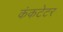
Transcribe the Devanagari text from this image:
कंकटेटर